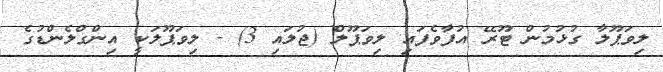
ލިވަޕޫލާ ގުޅުމުން ޓޫރޭ އުފާވެފައި ލިވަޕޫލް (ޖުލައި 3) - ލިވަޕޫލަކީ އިންގްލެންޑުގެ